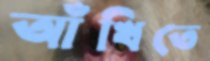
আঁখিতে